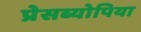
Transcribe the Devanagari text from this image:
प्रेसब्योपिया